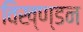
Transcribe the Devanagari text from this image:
विख्ण्डन